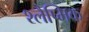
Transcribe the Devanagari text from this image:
श्‍लैष्‍मिक